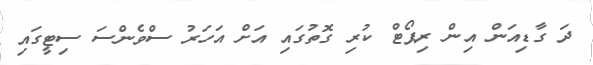
ދަ ގާޑިއަން އިން ރިޕޯޓް ކުރި ގޮތުގައި އަށް އަހަރު ސްވެންސަ ސިޓީގައި